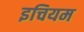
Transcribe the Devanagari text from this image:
इचियम